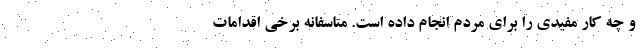
و چه کار مفیدی را برای مردم انجام داده است. متاسفانه برخی اقدامات